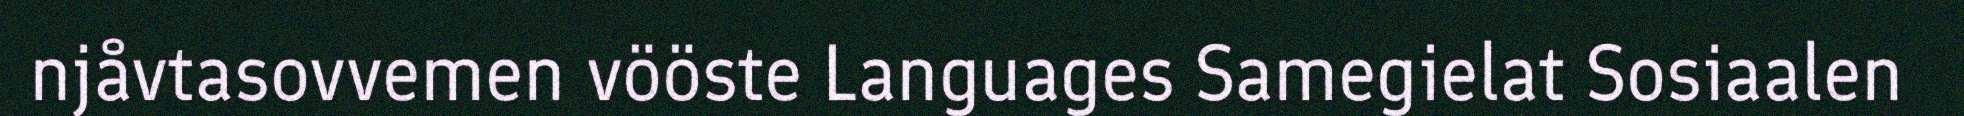
njåvtasovvemen vööste Languages Samegielat Sosiaalen